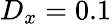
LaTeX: D_{x}=0.1